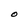
Character: O